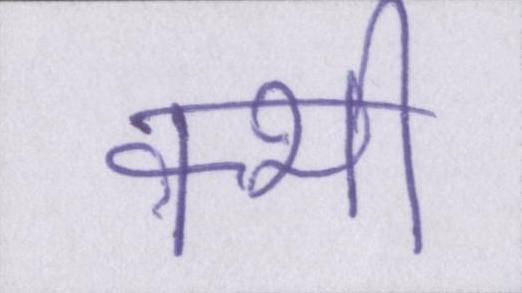
क्भी